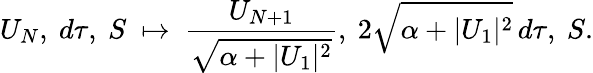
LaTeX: U_{N},\ d\tau,\ S\ \mapsto\ \frac{U_{N+1}}{\sqrt{\alpha+|U_{1}|^{2}}},\ 2\sqrt{\alpha+|U_{1}|^{2}}\, d\tau,\ S.